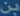
بن